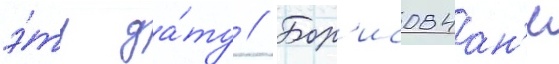
э́ту да́ту // Бор'исовчан'е